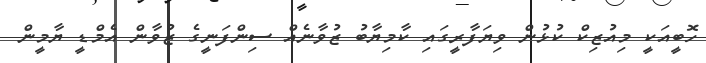
ހޮބީއަކީ މިއުޒިކް ކުޅުން ވިޔަފާރީގައި ކާމިޔާބު ޒުވާނެއް ސިންފަނީގެ ޒުވާން އެމްޑީ ޔާމީން